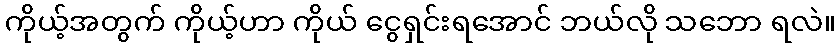
ကိုယ့်အတွက် ကိုယ့်ဟာ ကိုယ် ငွေရှင်းရအောင် ဘယ်လို သဘော ရလဲ။